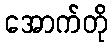
အောက်တို